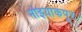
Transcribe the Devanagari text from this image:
मोइयाकपूर